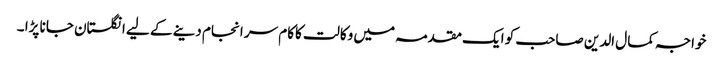
خواجہ کمال الدین صاحب کو ایک مقدمہ میں وکالت کاکام سر انجام دینے کے لیے انگلستان جانا پڑا ۔